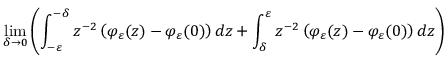
\operatorname* { l i m } _ { \delta \to 0 } \left( \int _ { - \varepsilon } ^ { - \delta } z ^ { - 2 } \left( \varphi _ { \varepsilon } ( z ) - \varphi _ { \varepsilon } ( 0 ) \right) \mathop { } \! { d { z } } + \int _ { \delta } ^ { \varepsilon } z ^ { - 2 } \left( \varphi _ { \varepsilon } ( z ) - \varphi _ { \varepsilon } ( 0 ) \right) \mathop { } \! { d { z } } \right)